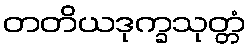
တတိယဒုက္ခသုတ္တံ